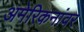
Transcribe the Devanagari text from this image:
अमेरिकनांवर